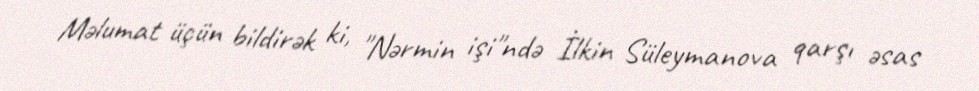
Məlumat üçün bildirək ki, "Nərmin işi"ndə İlkin Süleymanova qarşı əsas